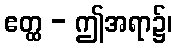
ဧတ္ထ - ဤအရာ၌၊